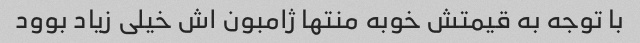
با توجه به قیمتش خوبه منتها ژامبون اش خیلی زیاد بوود